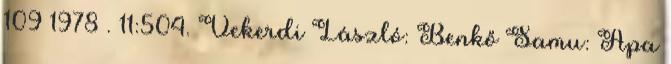
109 1978 . 11:504. Vekerdi László: Benkő Samu: Apa